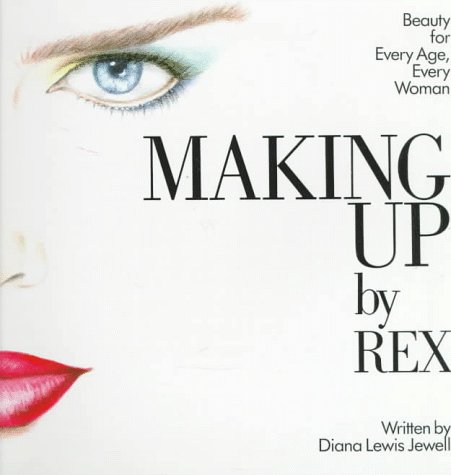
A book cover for Making Up by Rex; Diana Lewis Jewell; Health, Fitness & Dieting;